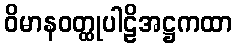
ဝိမာနဝတ္ထုပါဠိအဋ္ဌကထာ